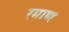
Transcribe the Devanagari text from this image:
रमाण